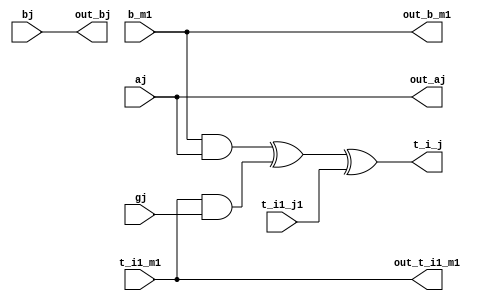

module basc_element
	(
		input wire aj,
		input wire bj,
		input wire t_i1_j1,
		input wire t_i1_m1,
		input wire b_m1,
		input wire gj,
		output wire out_t_i1_m1,
		output wire out_b_m1,
		output wire out_aj,
		output wire out_bj,
	 	output wire t_i_j
		);
assign out_aj = aj;
assign out_bj = bj;
assign out_t_i1_m1 = t_i1_m1;
assign out_b_m1 = b_m1;

assign t_i_j = (b_m1&aj)^(t_i1_m1&gj)^t_i1_j1;
endmodule // basc_element